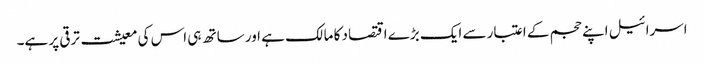
اسرائیل اپنے حجم کے اعتبار سے ایک بڑے اقتصاد کا مالک ہے اور ساتھ ہی اس کی معیشت ترقی پر ہے۔